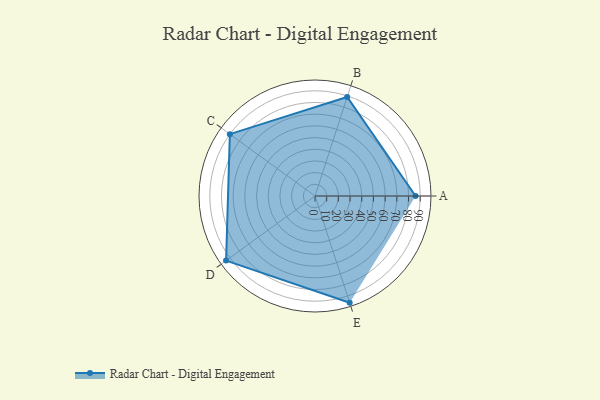
{"axis": {"x": "Skill", "y": "Score"}, "legend": ["Profile"], "data": [{"x": "A", "y": 86.0, "type": "Profile"}, {"x": "B", "y": 89.0, "type": "Profile"}, {"x": "C", "y": 90.0, "type": "Profile"}, {"x": "D", "y": 94.0, "type": "Profile"}, {"x": "E", "y": 96.0, "type": "Profile"}]}